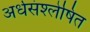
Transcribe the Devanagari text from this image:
अर्धसंश्लेषित